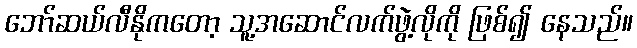
ဘော်ဆယ်လီနိုကတော့ သူ့အဆောင်လက်ဖွဲ့လိုကို ဖြစ်၍ နေသည်။